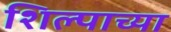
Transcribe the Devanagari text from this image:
शिल्पाच्या